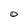
Character: o